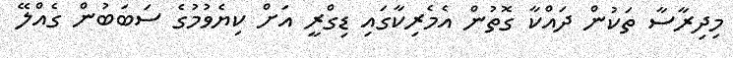
މިދިރާސާ ތަކުން ދައްކާ ގޮތުން އެމެރިކާގައި ޑިގްރީ އަށް ކިޔެވުމުގެ ސަބަބުން ގެއްލޭ